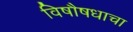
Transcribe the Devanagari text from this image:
विषौषधाचा